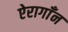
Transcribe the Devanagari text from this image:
ऐरागाँन